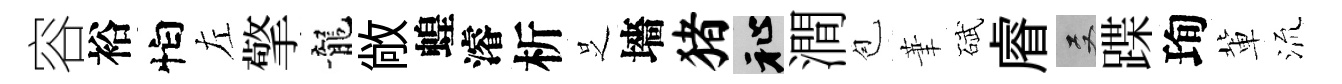
容裕怕左擎龍敞蝗濬析𠯁墻猪祉澗苞茟碔𥈠双蹀珣軰𣴑